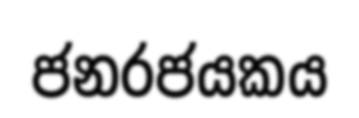
ජනරජයකය